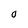
Character: 0